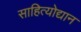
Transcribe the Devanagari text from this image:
साहित्योद्यान